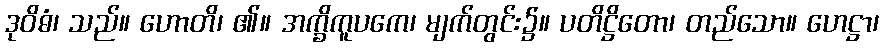
ဒုဝိဓံ၊ သည်။ ဟောတိ၊ ၏။ အက္ခိကူပကေ၊ မျက်တွင်း၌။ ပတိဋ္ဌိတော၊ တည်သော။ ဟေဋ္ဌာ၊